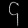
Digit: ၄